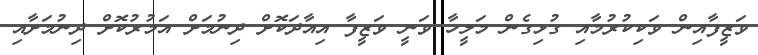
ވަޒީފާއިން ވަކިކުރުމާއި ގުޅިގެން މަލީހާ ވަނީ ވަޒީފާ އިއާދަކޮށް ދިނުމަށް އަމުރުކޮށް ދިނުމަށާއި